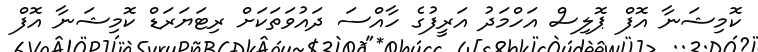
ކޮމިޝަނާ އޮފް ޕޮލިސް އަހްމަދު އަރީފުގެ ހާއްސަ ދައުވަތަކަށް ރިޓަޔަރަޑް ކޮމިޝަނާ އޮފް